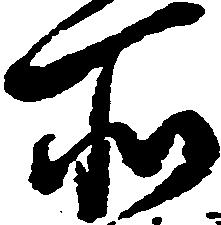
所